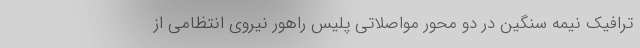
ترافیک نیمه سنگین در دو محور مواصلاتی پلیس راهور نیروی انتظامی از